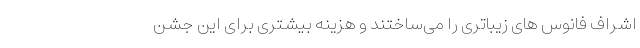
اشراف فانوس های زیباتری را می‌ساختند و هزینه بیشتری برای این جشن